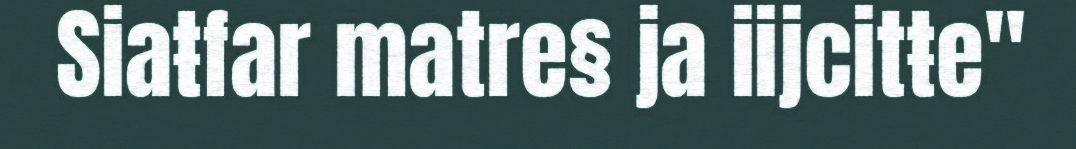
Siaŧfar matre§ ja iijcitŧe"